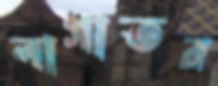
লাগাতর